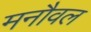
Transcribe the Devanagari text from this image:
मनौवल